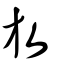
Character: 放